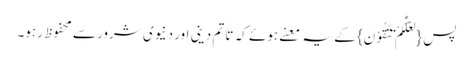
پس {لَعَلَّکُمْ تَتَّقُوْنَ}کے یہ معنے ہوئے کہ تا تم دینی اور دنیوی شرور سے محفوظ رہو۔